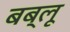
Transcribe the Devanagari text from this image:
बब्लू